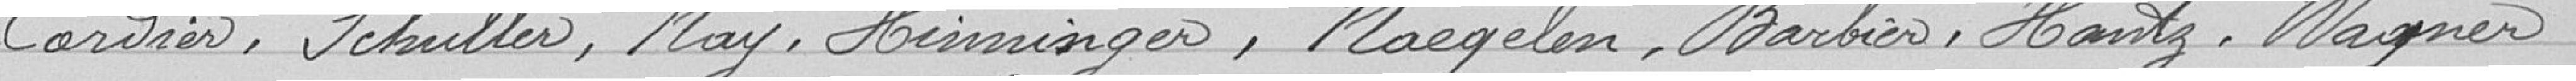
Cordier, Schuller, May, Hinninger, Naegelen, Barbier, Hantz, Wagner